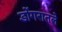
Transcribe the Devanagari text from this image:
डोंगरातले